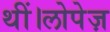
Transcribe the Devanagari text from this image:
थीं।लोपेज़